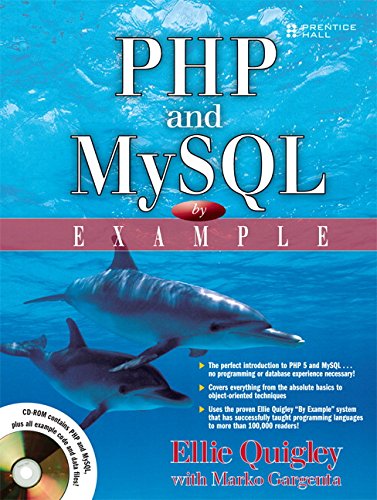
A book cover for PHP and MySQL by Example; Ellie Quigley; Computers & Technology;